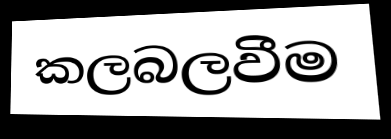
කලබලවීම